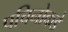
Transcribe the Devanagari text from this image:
पचिनोकडे